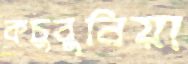
কচুবুনিয়া